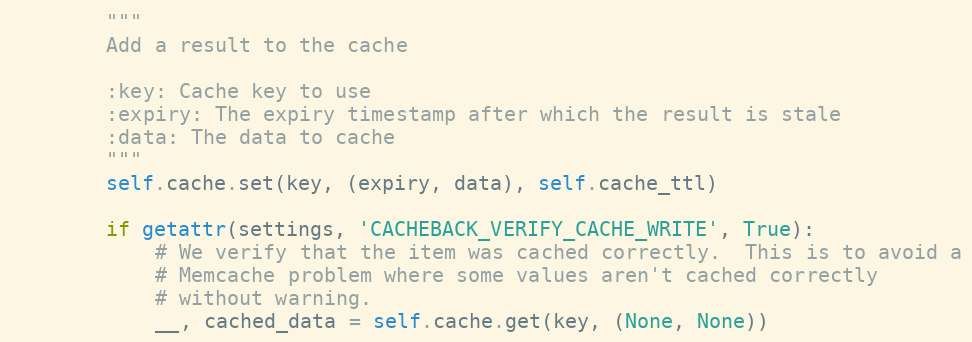
Language: Python
        """
        Add a result to the cache

        :key: Cache key to use
        :expiry: The expiry timestamp after which the result is stale
        :data: The data to cache
        """
        self.cache.set(key, (expiry, data), self.cache_ttl)

        if getattr(settings, 'CACHEBACK_VERIFY_CACHE_WRITE', True):
            # We verify that the item was cached correctly.  This is to avoid a
            # Memcache problem where some values aren't cached correctly
            # without warning.
            __, cached_data = self.cache.get(key, (None, None))